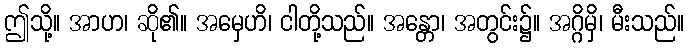
ဤသို့။ အာဟ၊ ဆို၏။ အမှေဟိ၊ ငါတို့သည်။ အန္တော၊ အတွင်း၌။ အဂ္ဂိမှိ၊ မီးသည်။